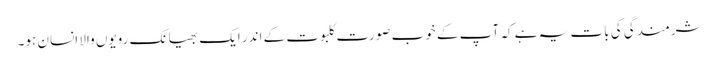
شرمندگی کی بات یہ ہے کہ آپ کے خوب صورت کلبوت کے اندر ایک بھیانک رویوں والا انسان ہو۔